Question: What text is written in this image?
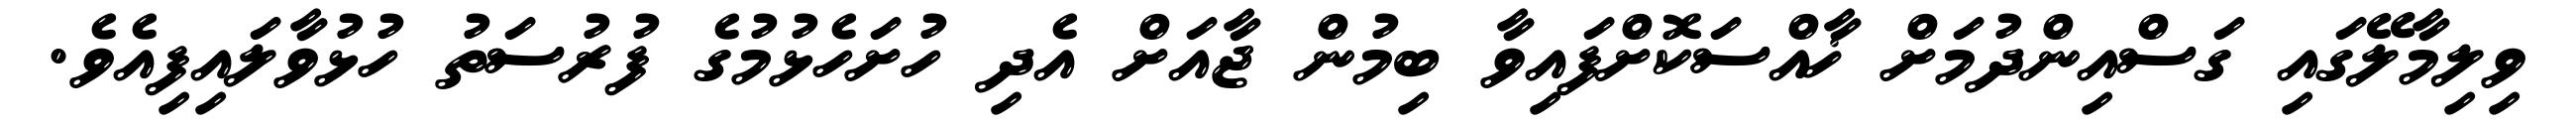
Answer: ވިލިމާލޭގައި ގަސްއިންދުމަށް ޚާއްސަކޮށްފައިވާ ބިމުން ޖާއަށް އެދި ހުށަހެޅުމުގެ ފުރުސަތު ހުޅުވާލައިފިއެވެ.